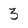
Character: 3